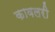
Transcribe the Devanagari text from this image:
कावलरी